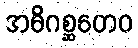
အဓိဂစ္ဆတေဝ